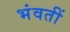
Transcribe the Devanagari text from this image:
भंवतीं